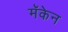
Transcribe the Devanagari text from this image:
मॅकेन